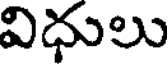
విధులు